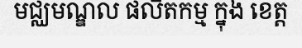
មជ្ឈមណ្ឌល ផលិតកម្ម ក្នុង ខេត្ត